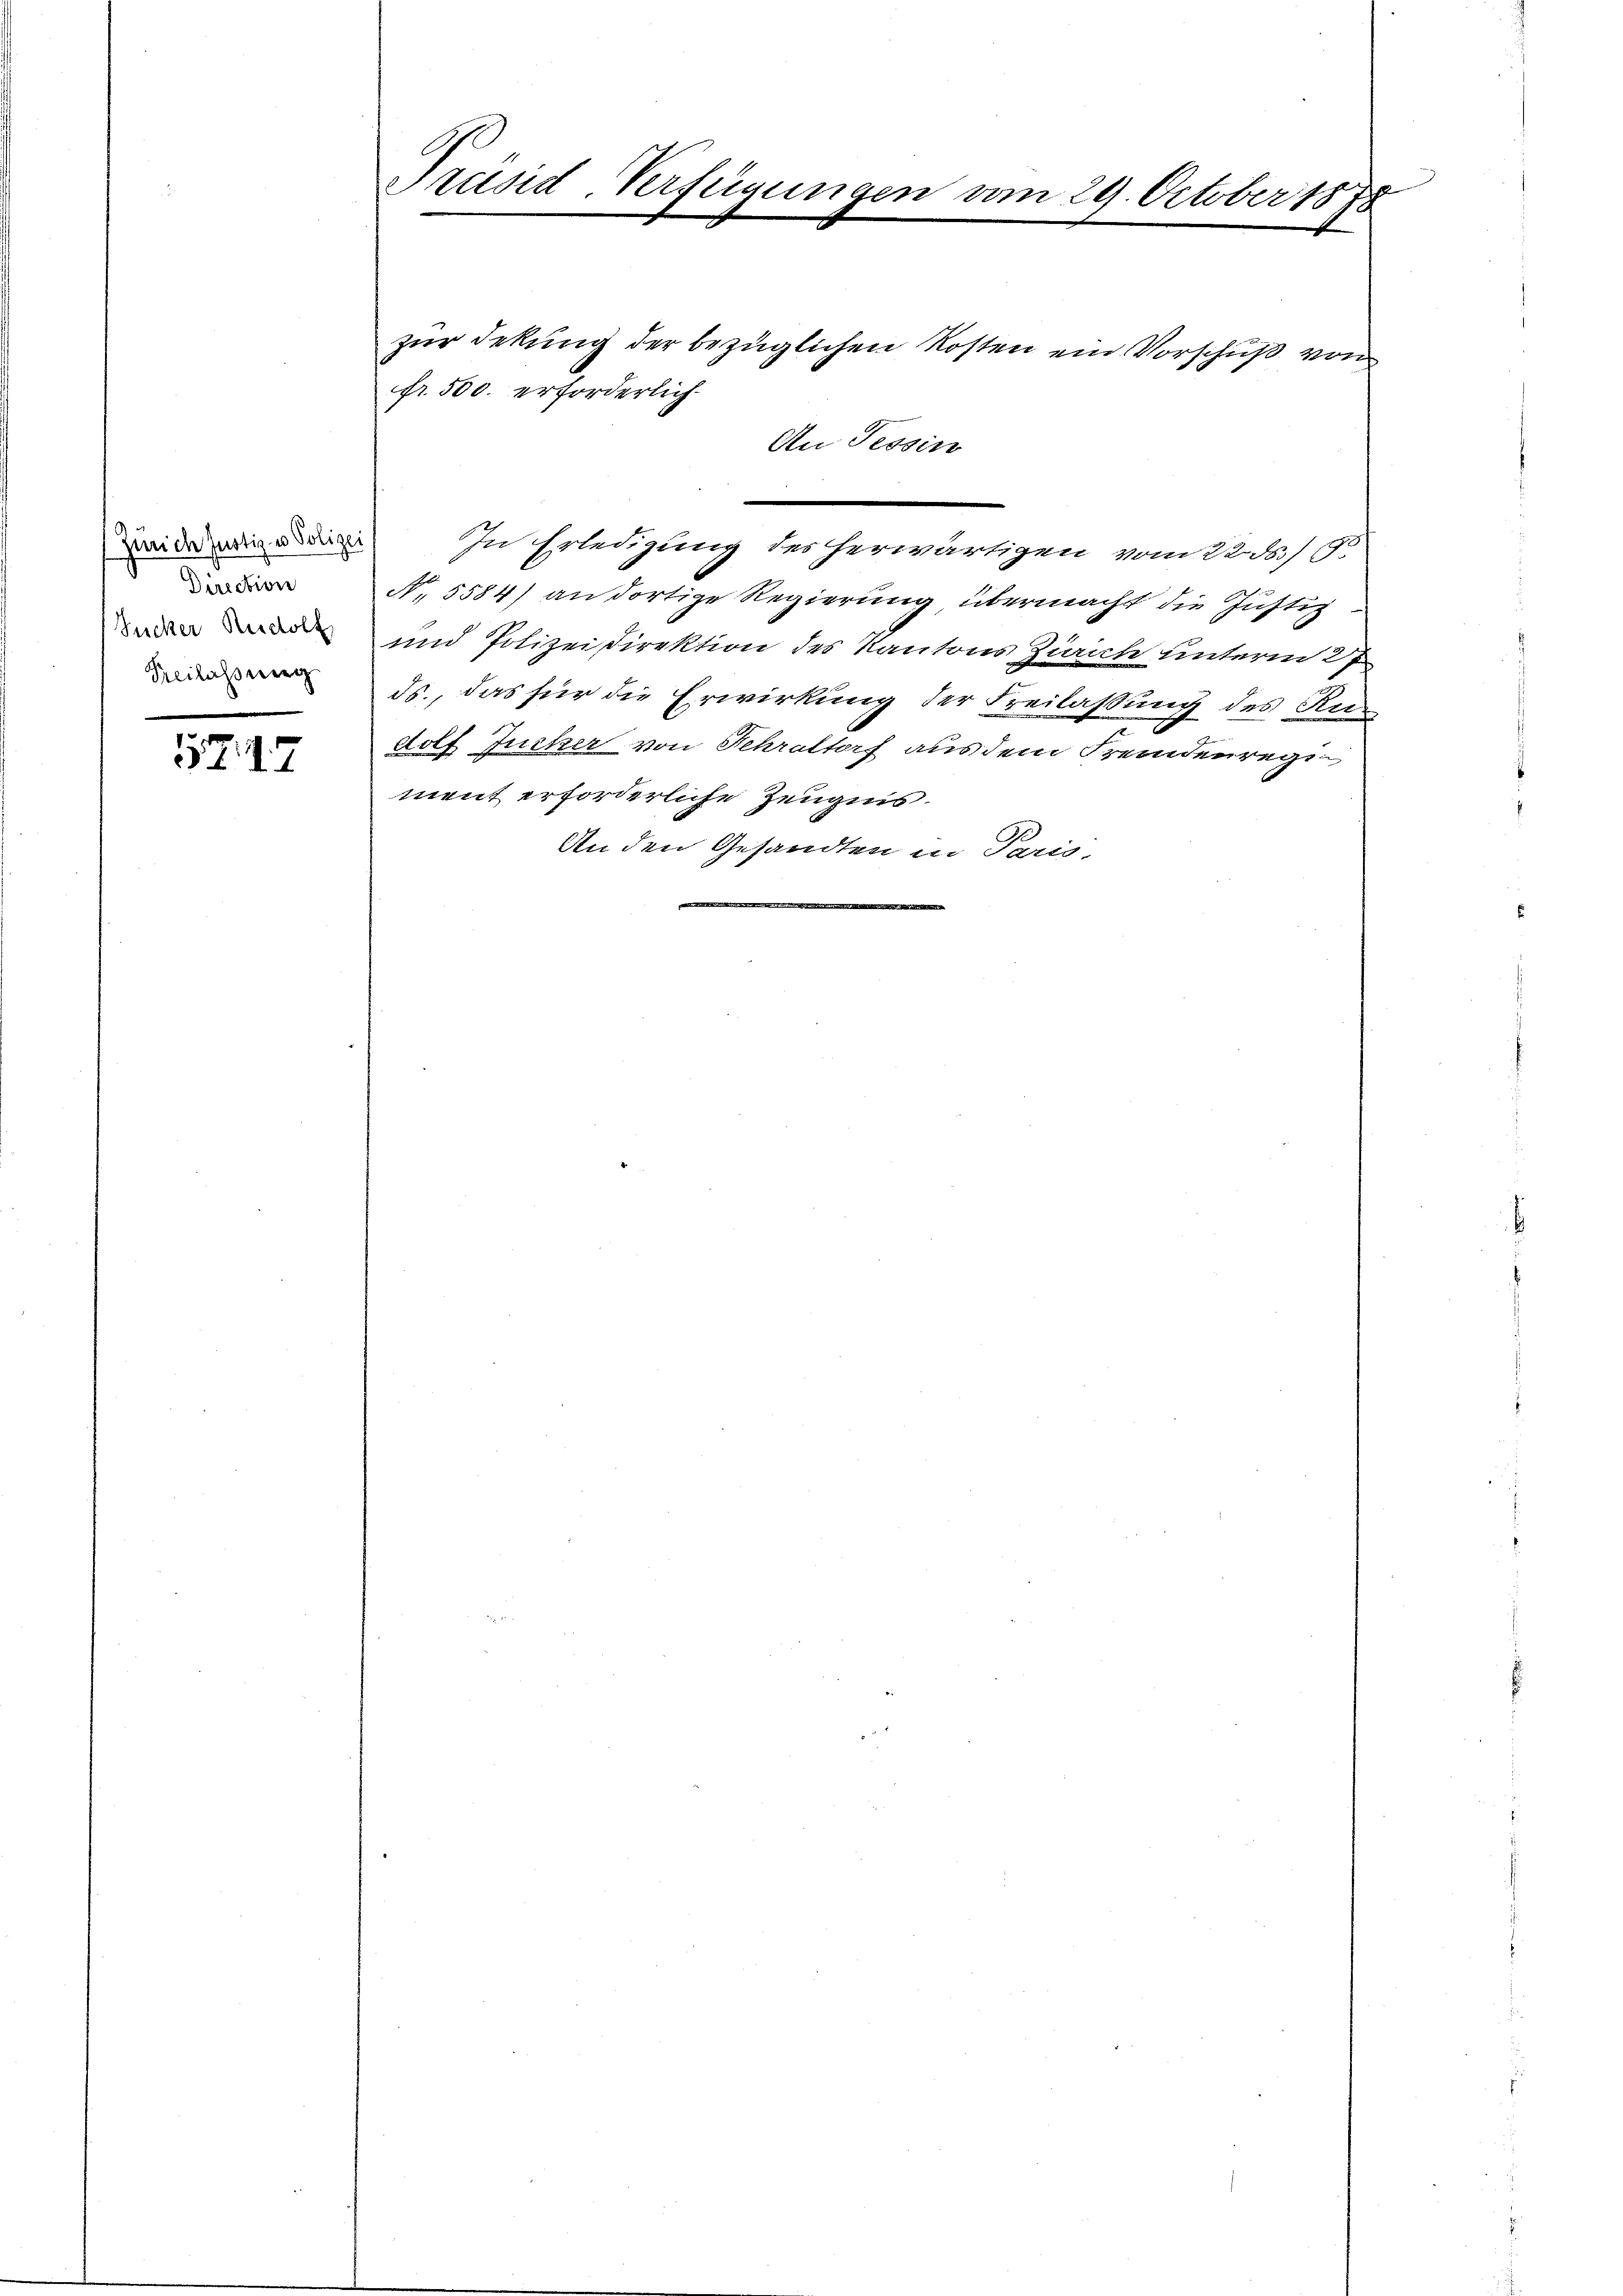
Zürich Justiz- & Polize
Direction
Zucker Rudolf
Freilassung

5747

Präsid-Verfügungen vom 29. October 1878

zur Dekung der bezüglichen Kosten ein Vorschuß von
An Tessin
In Erledigung des herwärtigen vom 22. ds. S.
N. 5584) an dortige Regierung übermacht die Justiz
und Polizeidirektion des Kantons Zürich unterm 27
ds., das für die Erwirkung der Freilassung des Rudolf Jucker von Fehraltorf aus dem Fremdenregiment erforderliche Zeugnis.
An den Gesandten in Paris,
8

fr. 500. erforderlich